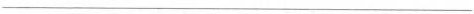
___